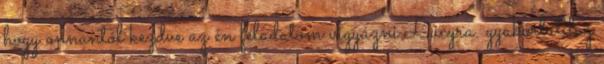
hogy onnantól kezdve az én feladatom vigyázni Lucyra. gyakorlatilag